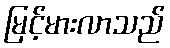
မြင့်မားလာသည်